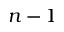
n - 1